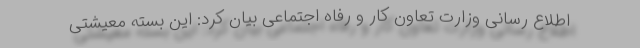
اطلاع رسانی وزارت تعاون کار و رفاه اجتماعی بیان کرد: این بسته معیشتی